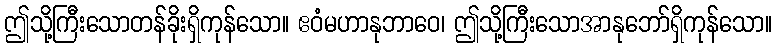
ဤသို့ကြီးသောတန်ခိုးရှိကုန်သော။ ဧဝံမဟာနုဘာဝေ၊ ဤသို့ကြီးသောအာနုဘော်ရှိကုန်သော။